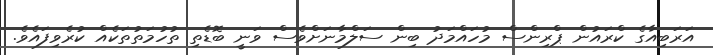
އަރަބިއާގެ ކްރައުން ޕްރިންސް މުހައްމަދު ބިން ސަލްމާނަށްވެސް ވަނީ ބޮޑެތި ތުހުމަތުތަކެއް ކުރެވިފައެވެ.